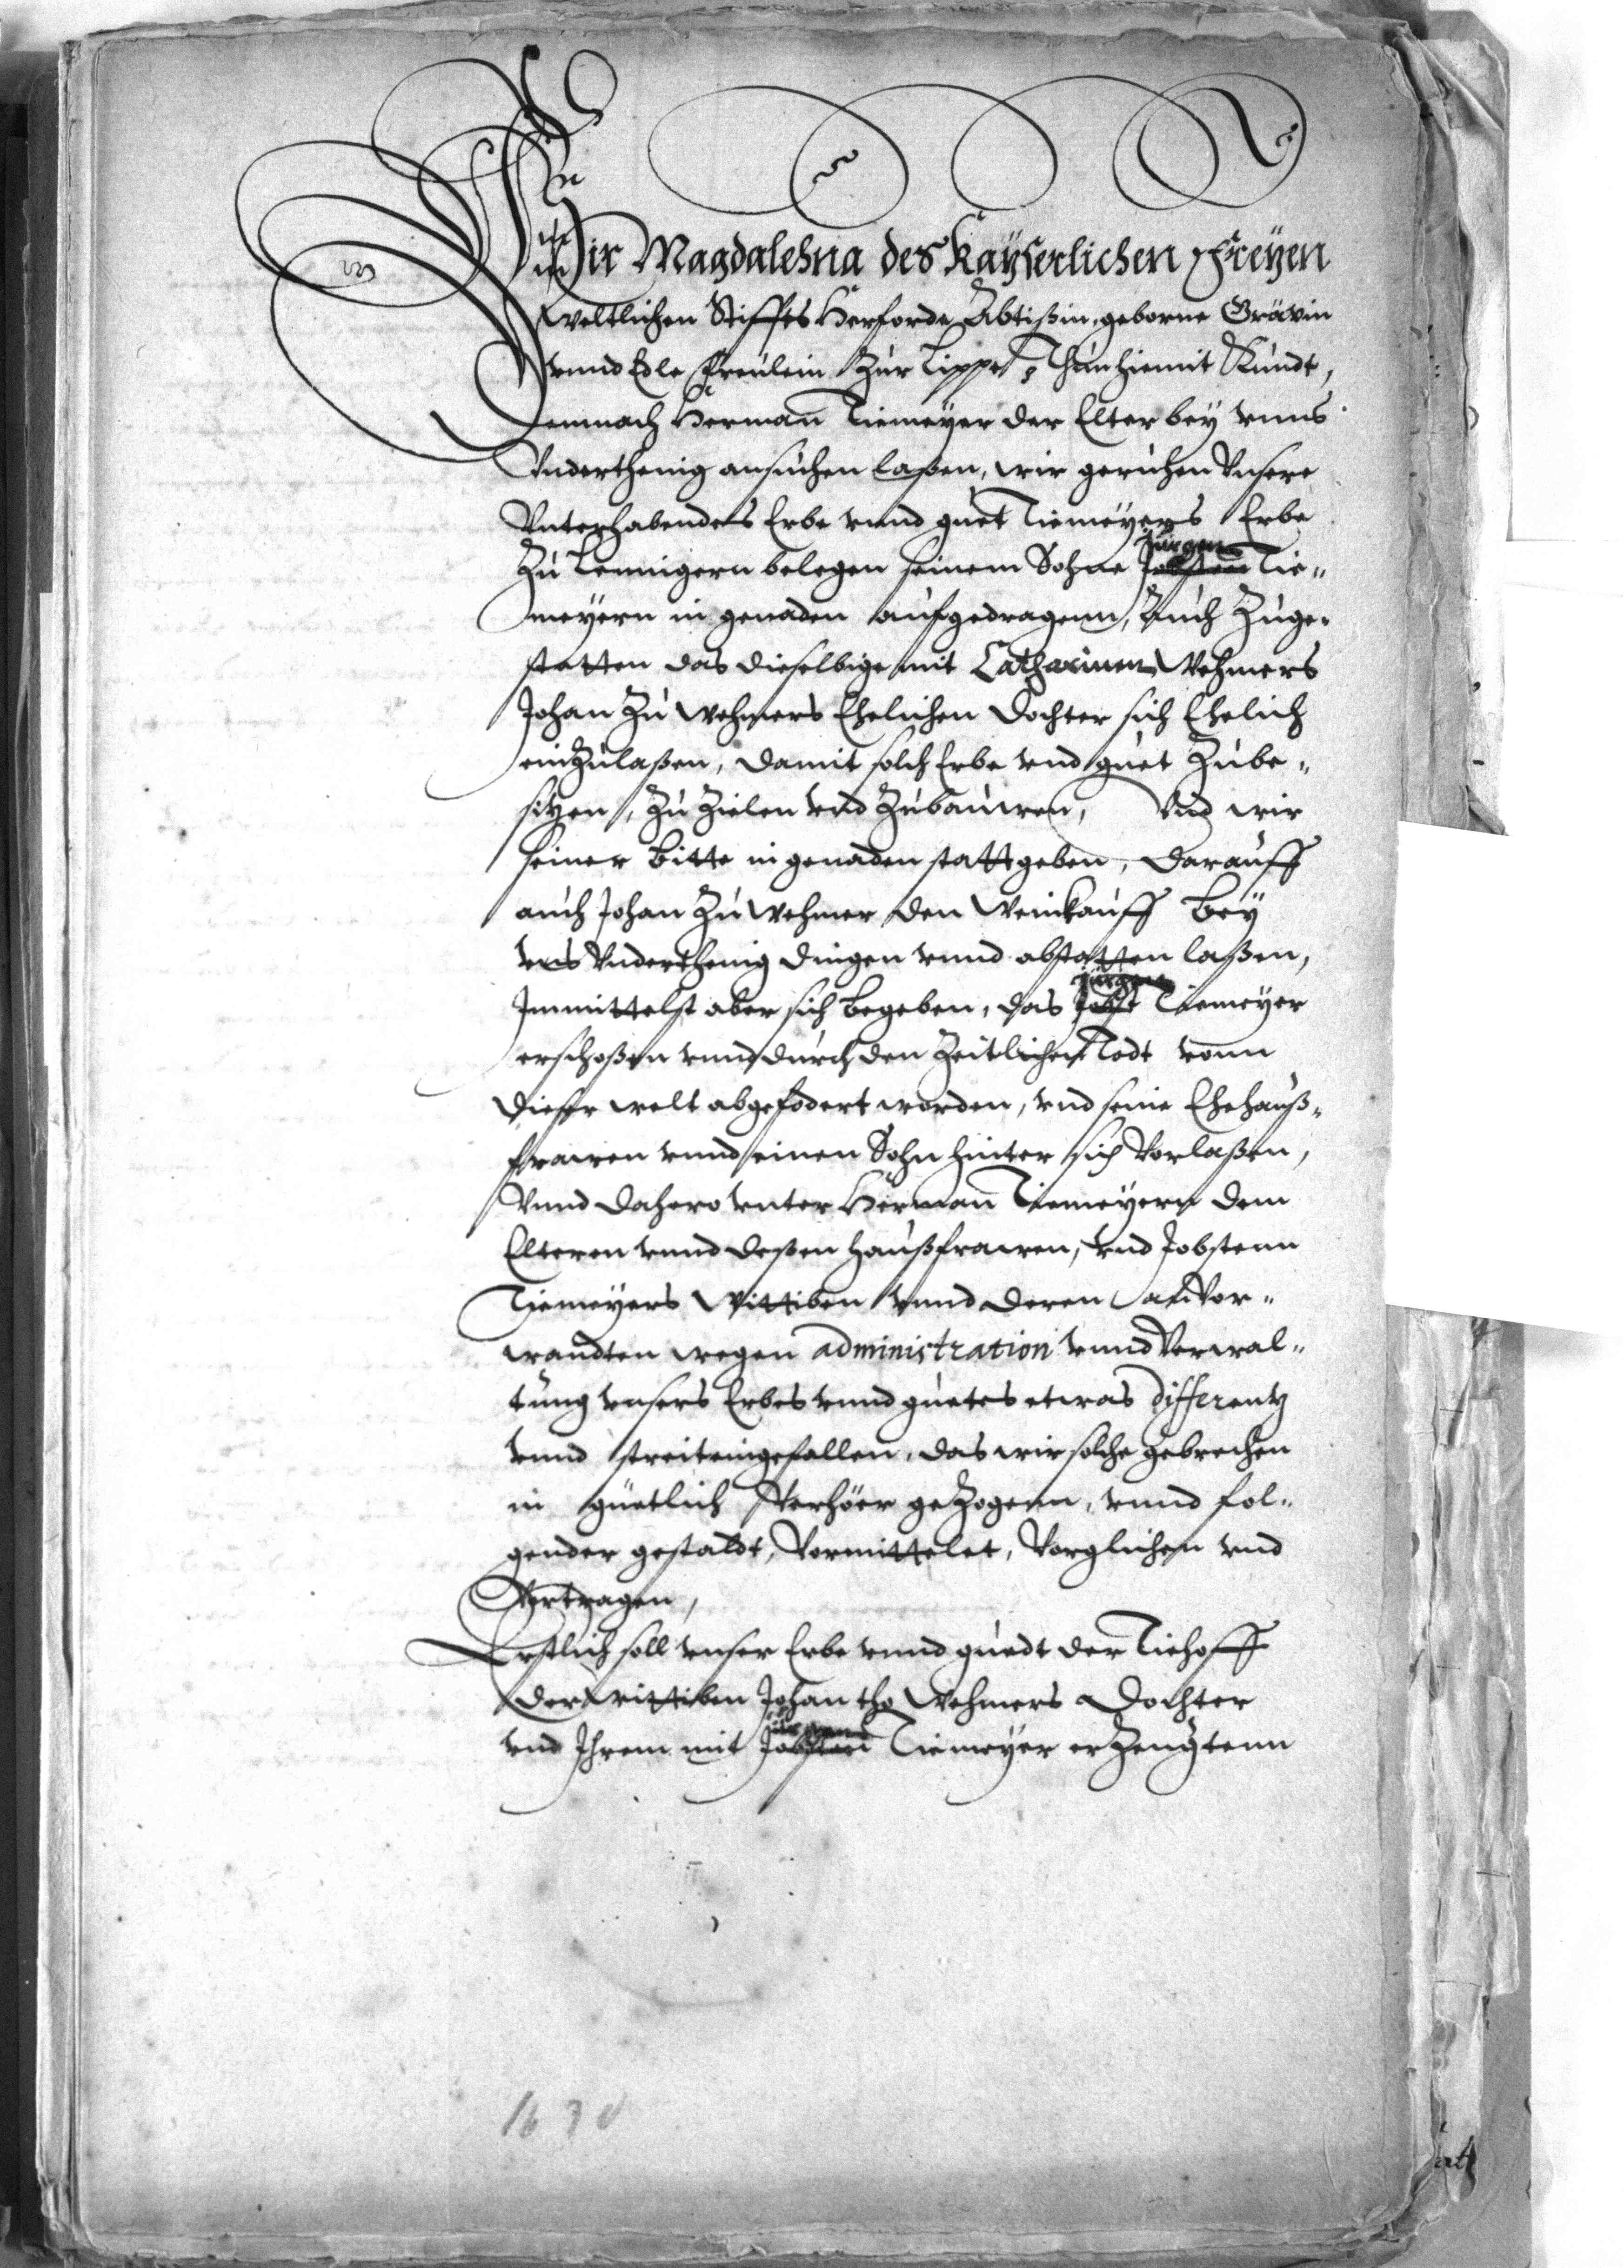
Wir Magdalehna des kayserlichen freyen
weltlichen Stiffts Herforda Abtißin, geborne Grävin
vnnd Edle Freulein zur Lippe etc. Thun hiemit Kundt,
Demnach Herman Tiemeyer der Elter bey vnns
vnderthenig ansuchen laßen, wir geruhen vnsere
vnterhabendes Erbe vnnd guet Tiemeyers Erbe
Jürgen
zu Lennigern belegen seinem Sohne Jobsten Tie¬
meyern in genaden aufgedragenn, auch Zuge¬
statten das dieselbige mit Catharinen Wehmers
Johan Zu Wehmers Ehelichen Dochter sich Ehelich
einzulaßen, damit solch Erbe vnd guet Zube¬
sitzen, Zu Zielen vnd Zubauwen, vnd wir
seiner Bitte in genaden statt geben, darauff
auch Johan Zu Wehmer den Weinkauff bey
vns vnderthenig dingen vnnd abstatten laßen,
Jürgen
Immittelst aber sich begeben, das Jobst Tiemeyer
erschoßen vnnd durch den Zeitlicheen Todt vonn
dieser welt abgefodert worden, vnd seine Ehehauß¬
frawen vnnd einen Sohn hinter sich vorlaßen,
vnnd dahero vnter Herman Tiemeyern dem
Eltern vnnd deßen haußfrawen, vnd Jobstenn
Tiemeyers Wittiben vnnd deren an Vor¬
wandten wegen administration vnnd Verwal¬
tung vnsers Erbes vnnd guetes etwas differentz
vvnd streiteingefallen, das wir solche gebrechen
in güetlich Verhöer gezogenn, vnnd fol¬
gender gestaldt, Vormittelet, Vorglichen vnd
Vortragen.
Erstlich soll unser Erbe vnnd guedt der Tiehoff
der Wittiben Johan tho Wehmers Dochter
Jürgen
vnd Ihrem mit Jobsten Tiemeyer erzeugtenn

1630